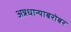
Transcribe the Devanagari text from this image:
अन्नधान्याबरोबर